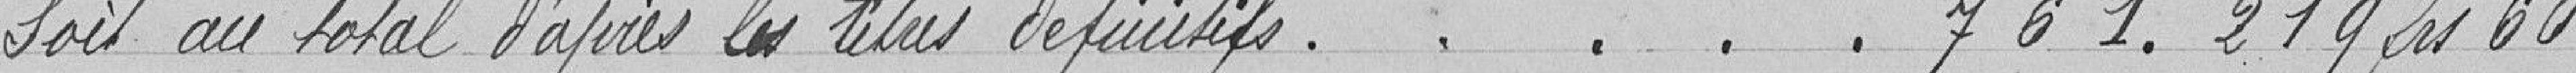
Soit au total d'après les titres définitifs . . . . . 761.219 francs 60